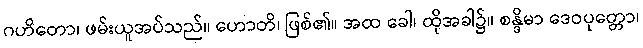
ဂဟိတော၊ ဖမ်းယူအပ်သည်။ ဟောတိ၊ ဖြစ်၏။ အထ ခေါ၊ ထိုအခါ၌။ စန္ဒိမာ ဒေဝပုတ္တော၊